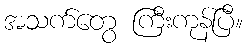
အသက်တွေ ကြီးကုန်ပြီ။